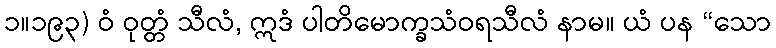
၁။၁၉၃) ဝံ ဝုတ္တံ သီလံ, ဣဒံ ပါတိမောက္ခသံဝရသီလံ နာမ။ ယံ ပန “သော